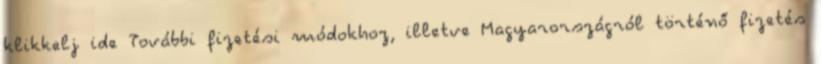
klikkelj ide További fizetési módokhoz, illetve Magyarországról történő fizetés